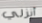
أنزلي